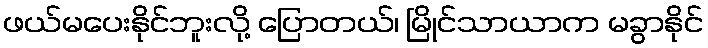
ဖယ်မပေးနိုင်ဘူးလို့ ပြောတယ်၊ မြိုင်သာယာက မခွာနိုင်